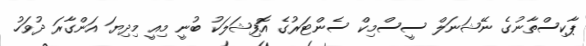
ޕާކިސްތާނުގެ ނޭޝަނަލް ސީސްމިކް ސެންޓަރުގެ އޮފިޝަލަކު ބުނީ މިއީ މިދިޔަ އަންގާރަ ދުވަހު